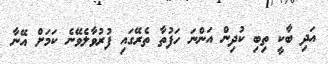
އަދި ބާކީ ތިބި ކުދިން އަންނަ ހަފުތާ ތެރޭގައި ފުރުވާލެވޭނެ ކަމަށް އޭނާ